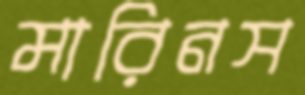
মারিনস